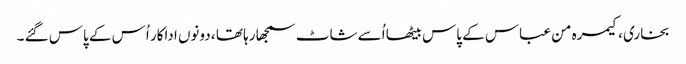
بخاری ، کیمرہ من عباس کے پاس بیٹھا اُسے شاٹ سمجھا رہا تھا ، دونوں اداکار اُس کے پاس گئے ۔